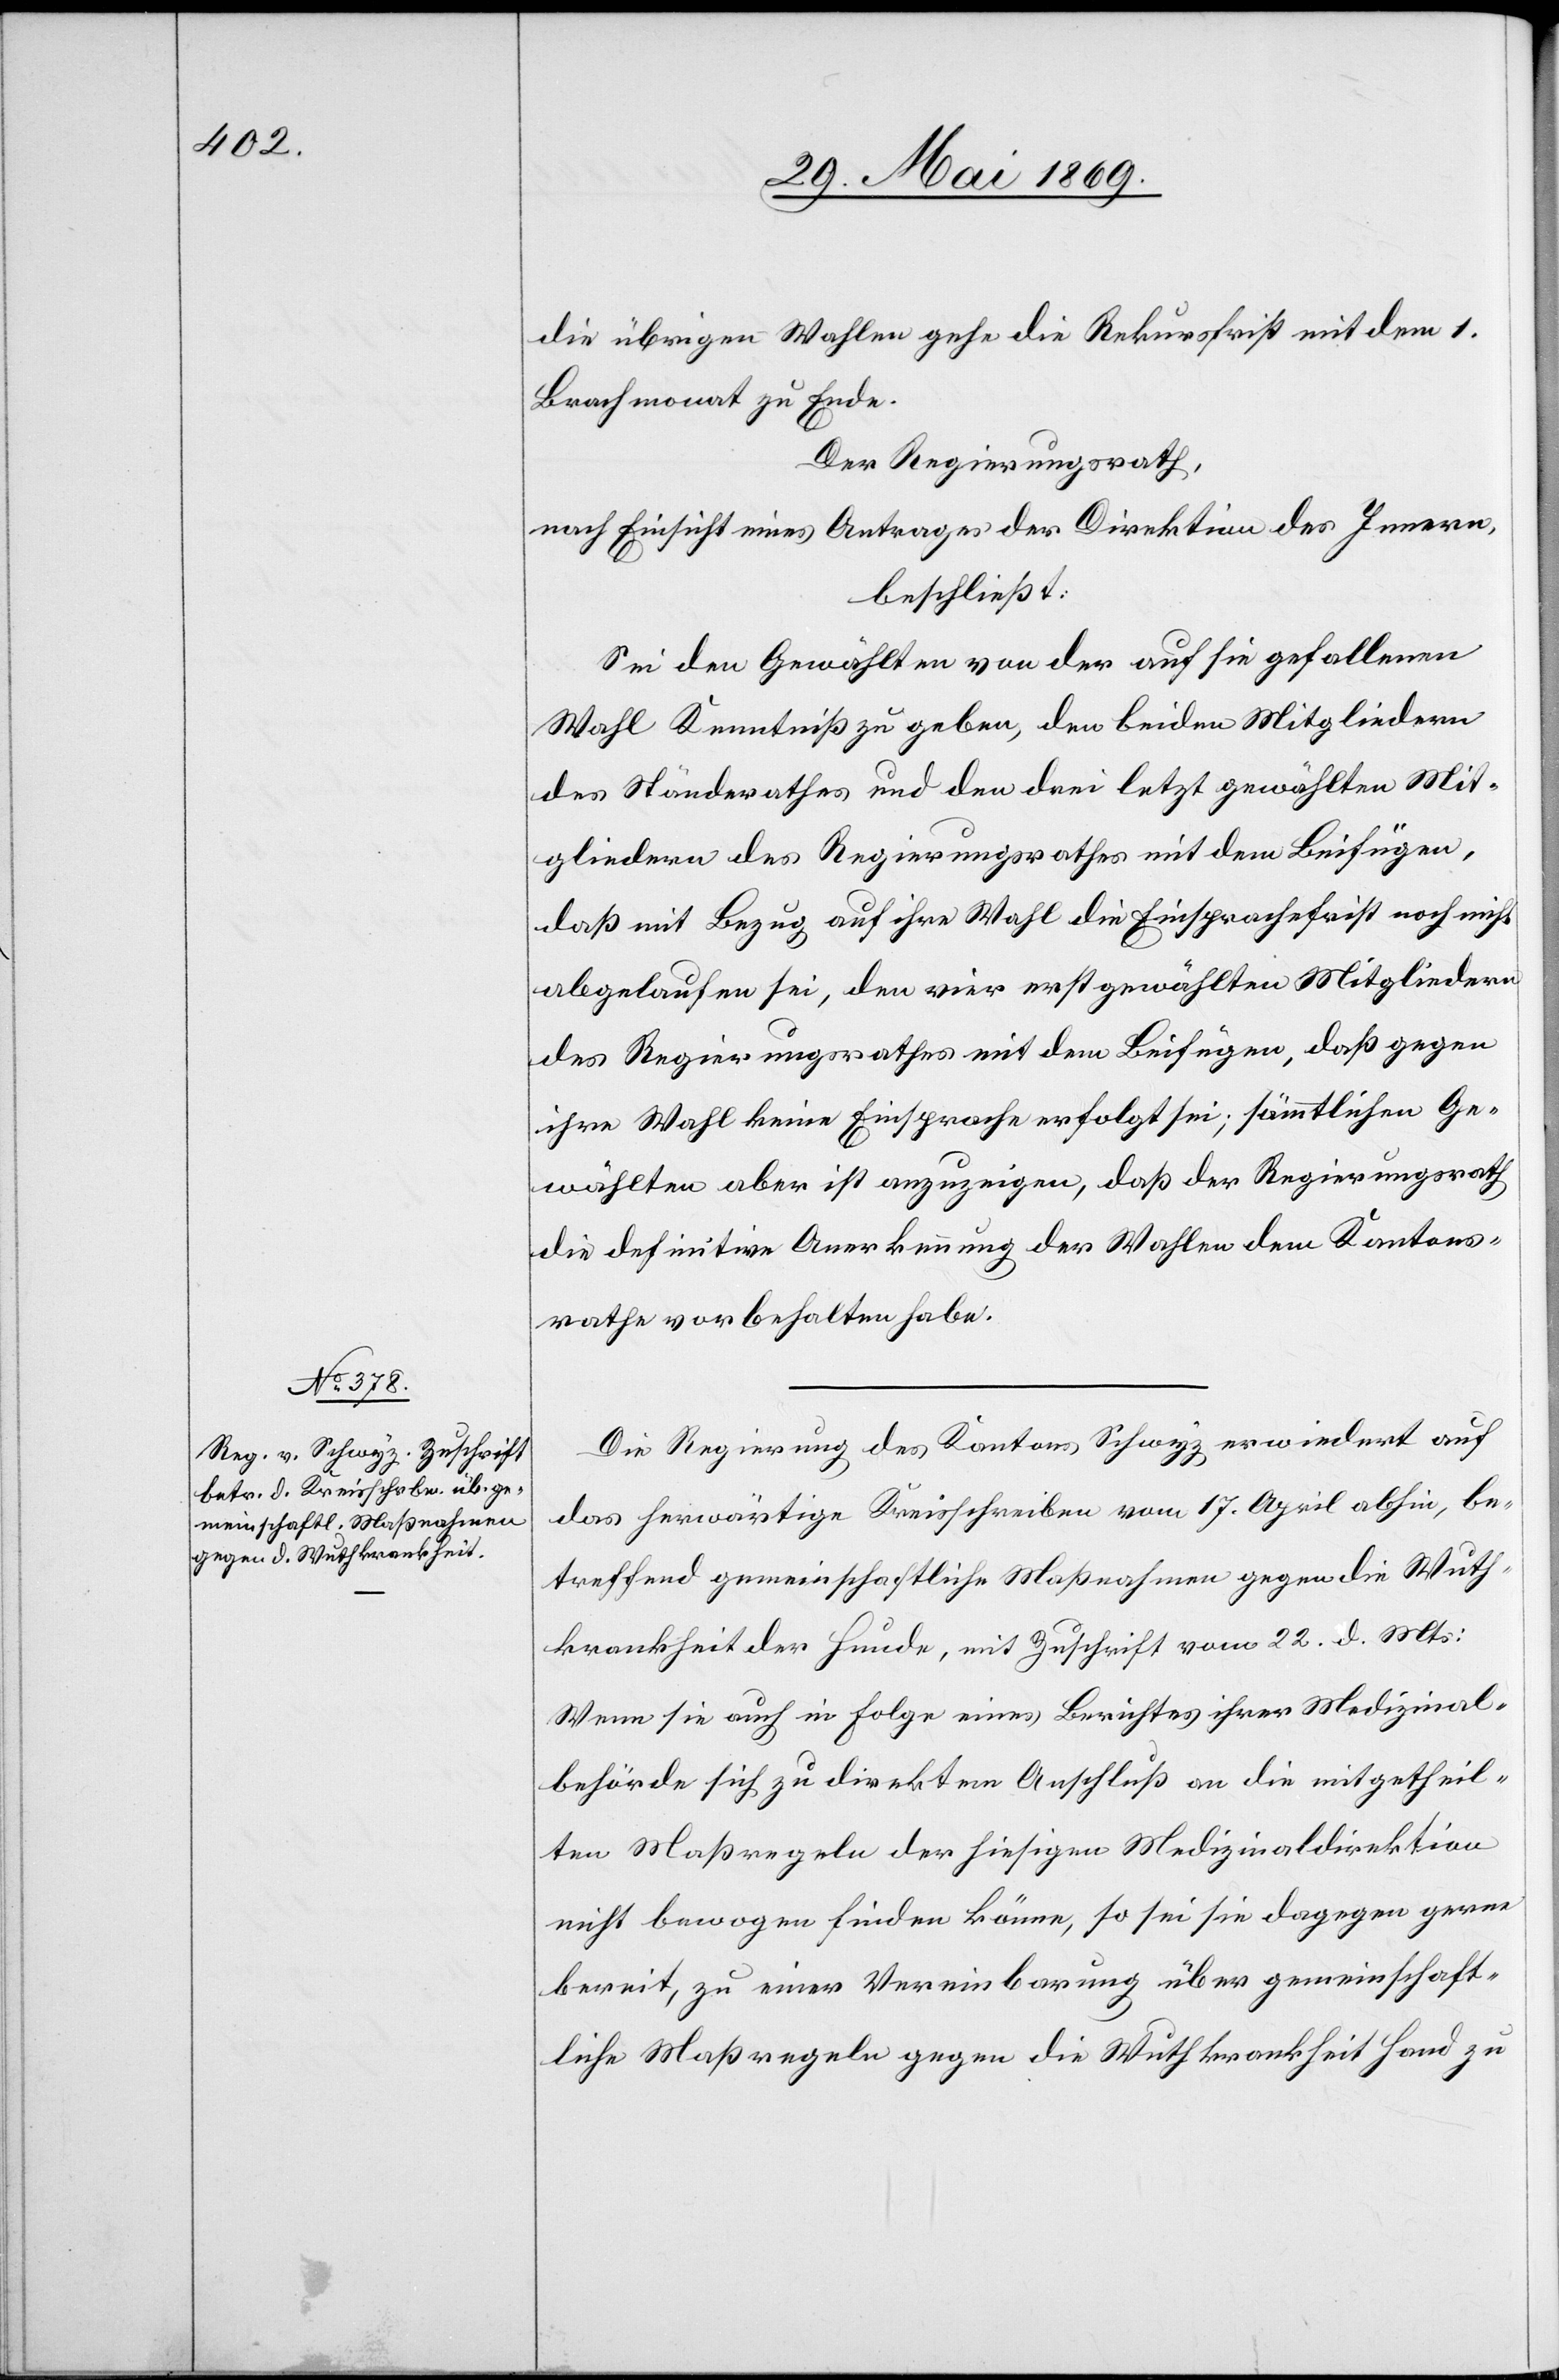
die übrigen Wahlen gehe die Rekursfrist mit dem 1
Brachmonat zu Ende.
Der Regierungsrath,
nach Einsicht eines Antrages der Direktion des Innern,
beschließt:
Sei den Gewählten von der auf sie gefallenen
Wahl Kenntniß zu geben, den beiden Mitgliedern
des Ständerathes und den drei letzt gewählten Mit¬
gliedern des Regierungsrathes mit dem Beifügen,
daß mit Bezug auf ihre Wahl die Einsprachefrist noch nicht
abgelaufen sei, den vier erst gewählten Mitgliedern
des Regierungsrathes mit dem Beifügen, daß gegen
ihre Wahl keine Einsprache erfolgt sei; sämmtlichen Ge¬
wählten aber ist anzuzeigen, daß der Regierungsrath
die definitive Anerkennung der Wahlen dem Kantons¬
rathe vorbehalten habe.
Die Regierung des Kantons Schwyz erwiedert auf
das herwärtige Kreisschreiben vom 17 April abhin, be¬
treffend gemeinschaftliche Maßnahmen gegen die Wuth¬
krankheit der Hunde, mit Zuschrift vom 22 d. Mts.:
Wenn sie auch in Folge eines Berichtes ihrer Medizinal¬
behörde sich zu direktem Anschluß an die mitgetheil¬
ten Maßregeln der hiesigen Medizinaldirektion
nicht bewogen finden könne, so sei sie dagegen gerne
bereit, zu einer Vereinbarung über gemeinschaft¬
liche Maßregeln gegen die Wuthkrankheit Hand zu